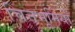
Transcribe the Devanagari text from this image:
चित्तभूमियों